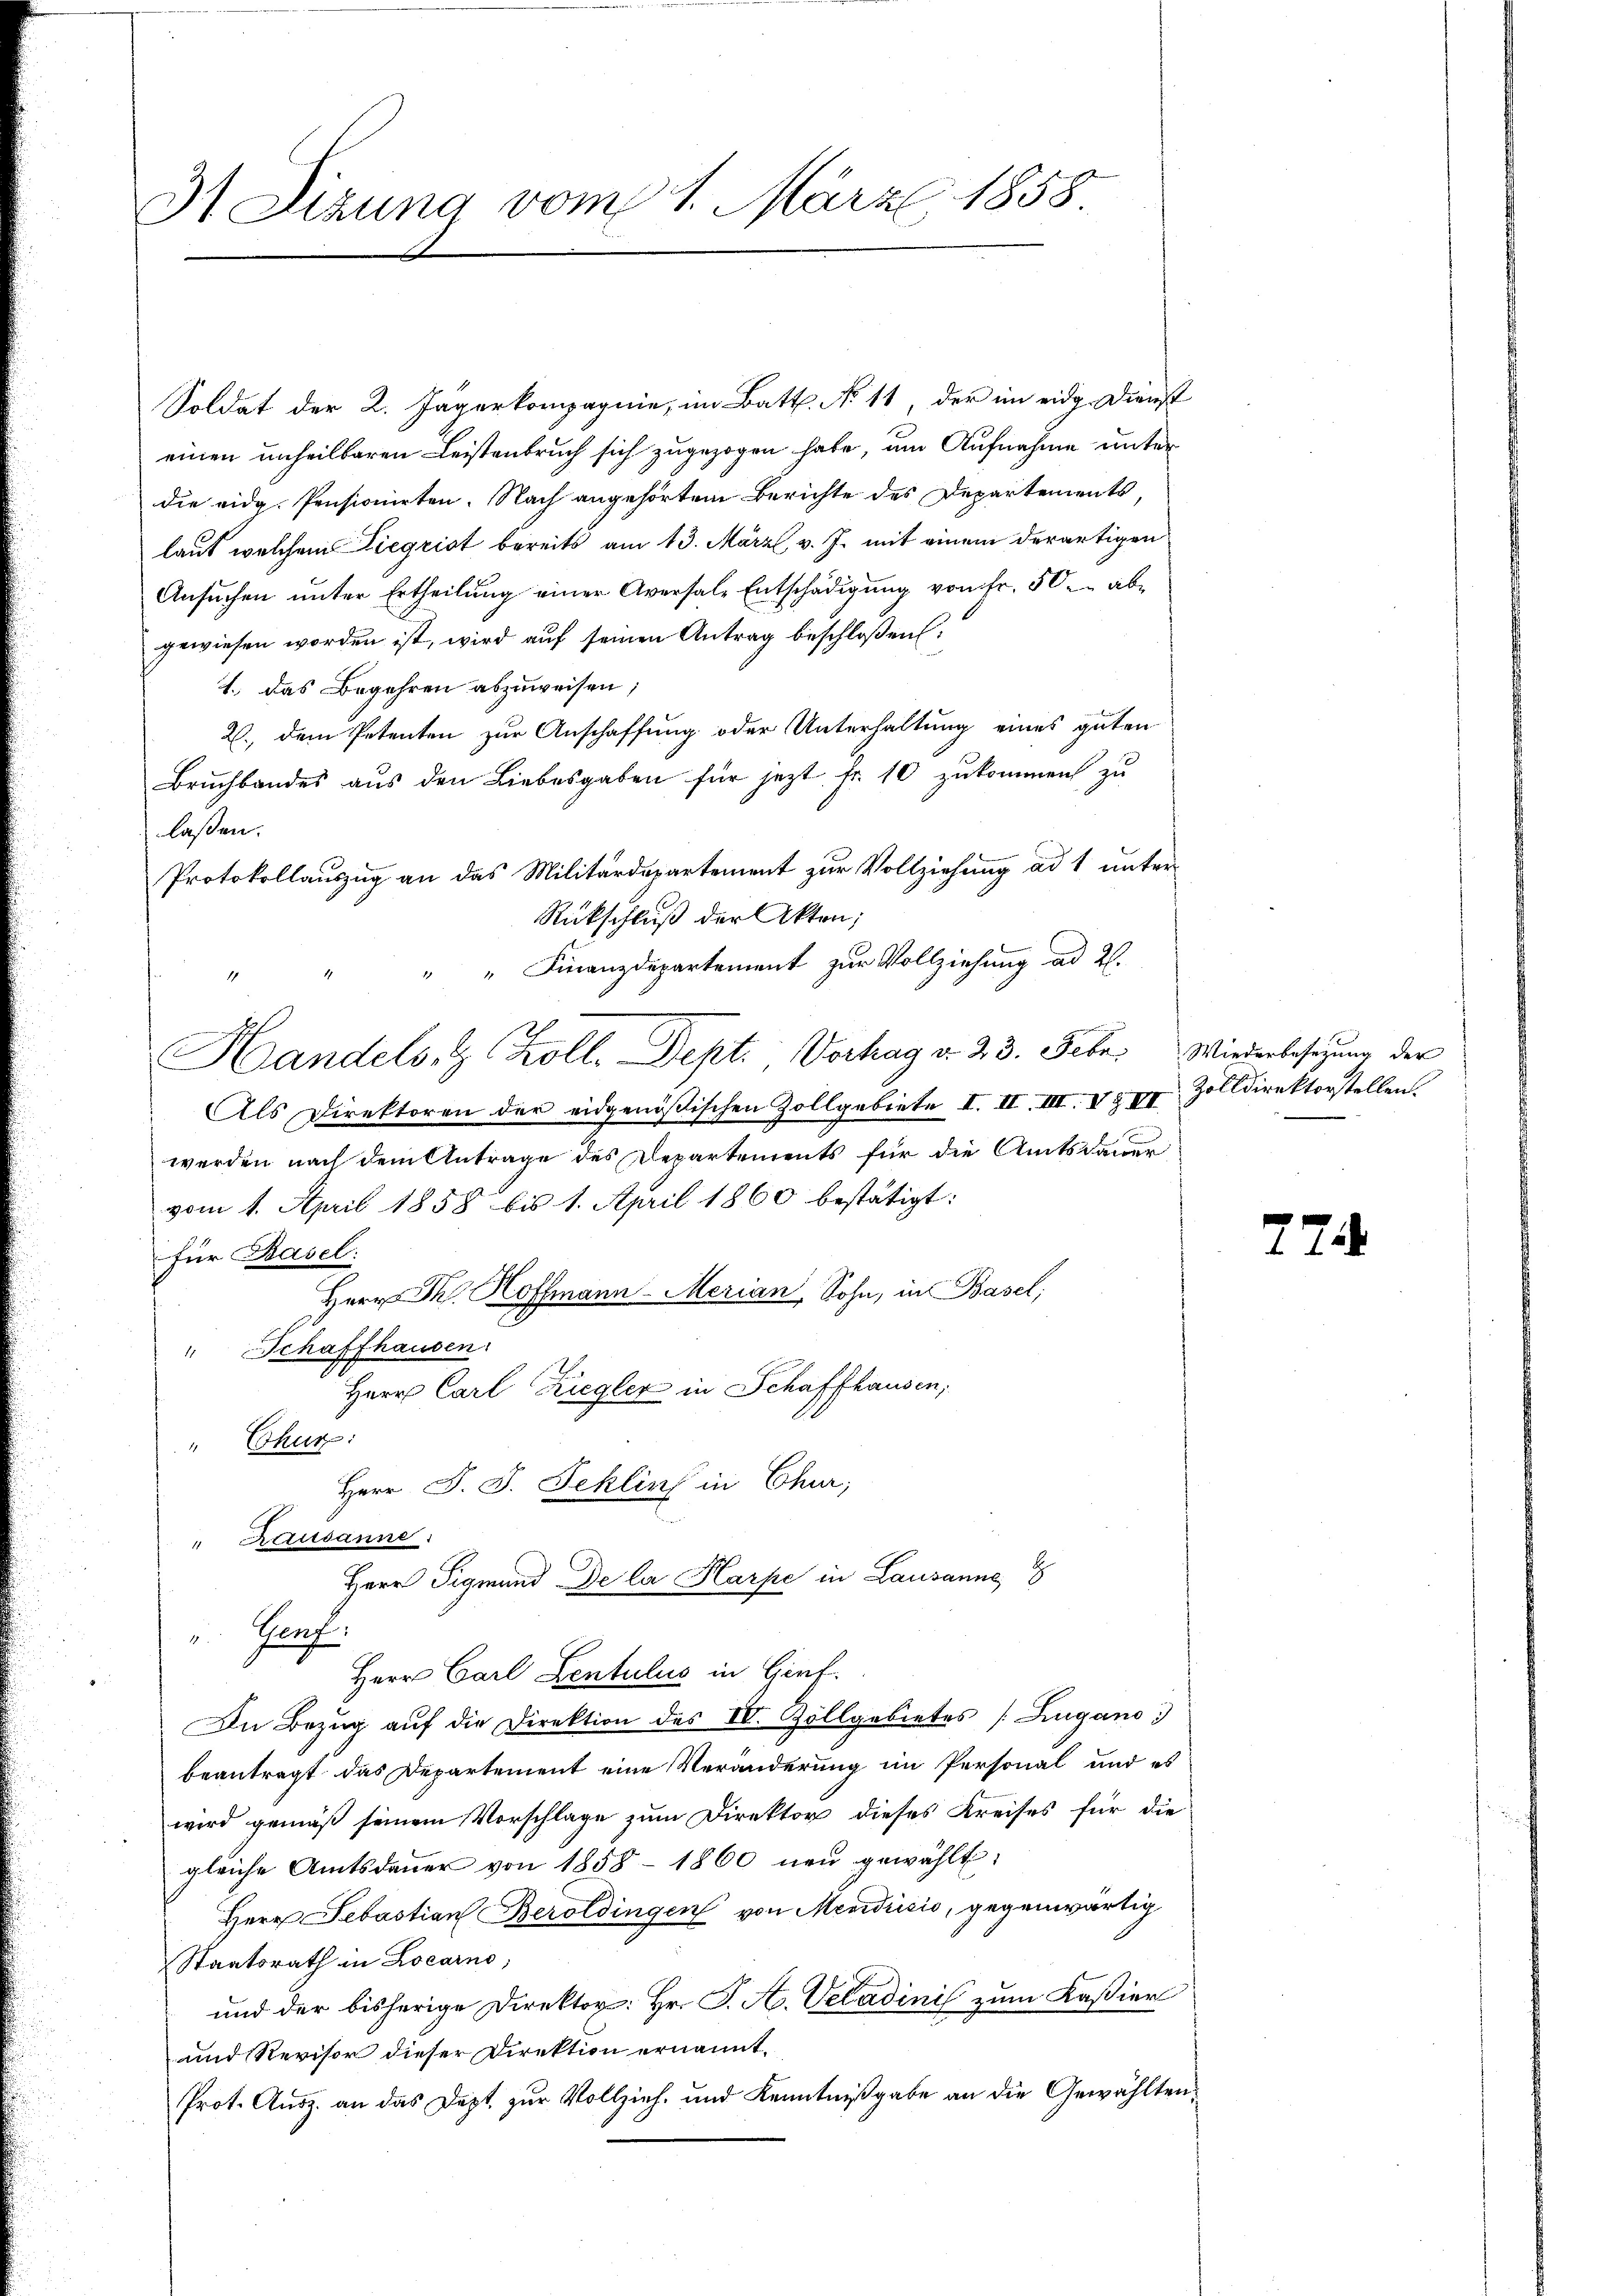
31 Sizung vom 1. März 1858

Soldat der 2. Jägerkompagnie, im Batt. No 11, der im eidg. Dienst
einen unheilbaren Leistenbruch sich zugezogen habe, um Aufnahme unter
die eidg. Pensionirten. Nach angehörten Berichte des Departements
laut welchem Siegrist bereits am 13. März v. J. mit einem derartigen
Ansuchen unter Ertheilung einer Aversale Entschädigung von Fr. 50. abe
gewiesen worden ist, wird auf seinen Antrag beschloßen:
1.) Das Begehren abzuweisen;
2., dem Petenten zur Anschaffung oder Unterhaltung eines guten
Bruchbandes aus den Liebesgaben für jezt Fr. 10 zukommen zu
laßen.
Protokollauszug an das Militärdepartement zur Vollziehung ad 1 unter
Rückschluß der Akten;
" " Finanzdepartement zur Vollziehung ad 2.
7
Handels- & Köll. Dept. Vorhag v. 23. Febr. Wiederbesetzung der
Als Direktoren der eidgenößischen Zollgebiete I. II. III. I & II Zolldirektorstellen
werden nach dem Antrage des Departements für die Amtsdauer
vom 1. April 1858 bis 1. April 1860 bestätigt:
für Basel:
Herrn Dr. Hoffmann Merian, Sohn, in Basel;
" Schaffhausen
Herr Carl Ziegler in Schaffhausen,
Chur:
Herr D. J. Schlins in Chur,
Rausanne.
Herr Sigmund De la Harpe in Lausanne
Graf.
.
Herr Carl Zentulus in Girf.
In Bezug auf die Direktion des IV. Zollgebietes Zugano
beantragt, das Departement eine Veränderung im Personal und es
wird gemäß seinem Vorschlage zum Direktor dieses Kreises für die
gleiche Amtsdaŭer von 1858 - 1860 neŭ gewählt:
Herr Sebastian Beroldingen von Mendrisić, gegenwärtig
Staatsrath in Locarno,
und der bisherige Direktor: Hr. P. A. Veladinis zum Kassier
und Revisor dieser Direktion ernannt.
Prot. Ausz. an das Dept. zur Vollzieh- und Kenntnißgabe an die Gewählten¬

77